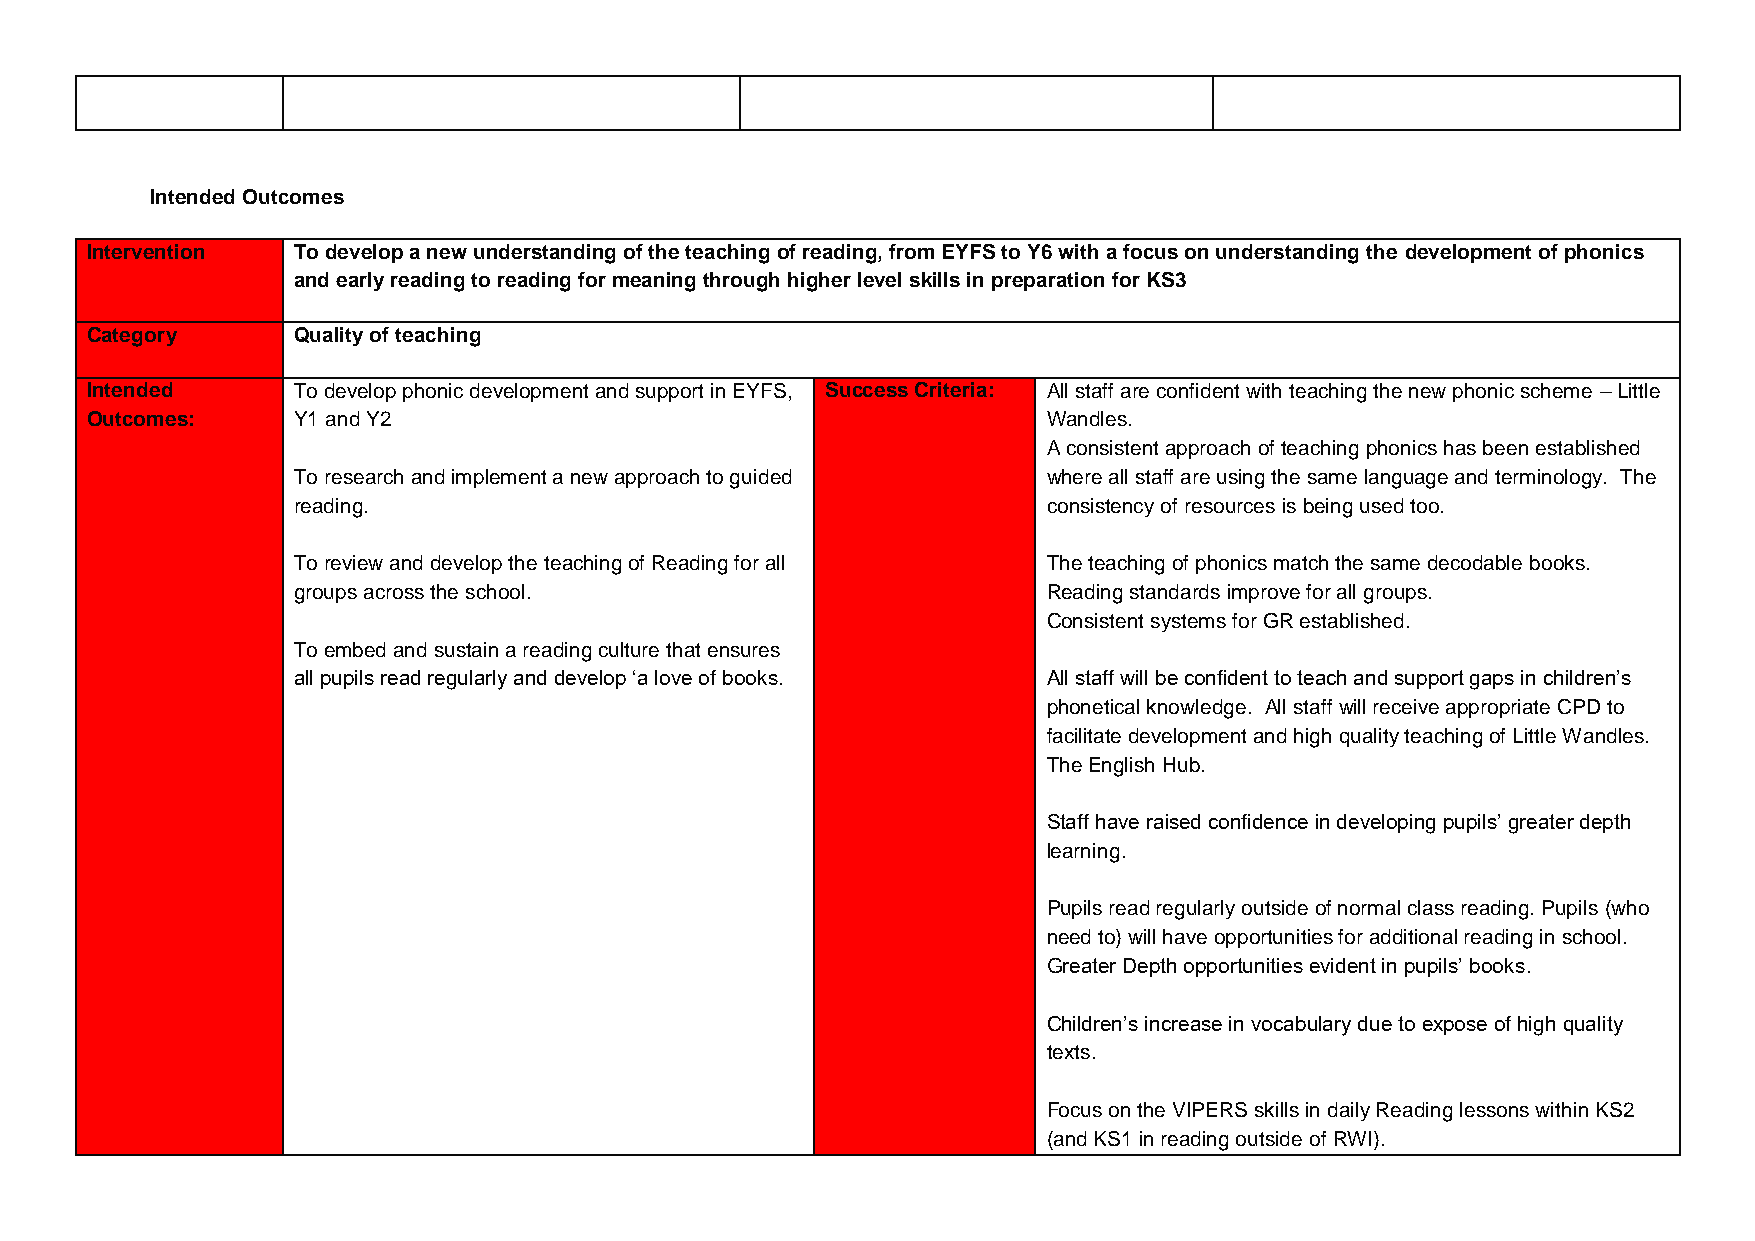
Intended Outcomes
 Intervention To develop a new understanding of the teaching of reading, from EYFS to Y6 with a focus on understanding the development of phonics
 and early reading to reading for meaning through higher level skills in preparation for KS3
 Category     Quality of teaching
 Intended     To develop phonic development and support in EYFS, Success Criteria: All staff are confident with teaching the new phonic scheme – Little
 Outcomes:    Y1 and Y2                                         Wandles.
 A consistent approach of teaching phonics has been established
 To research and implement a new approach to guided where all staff are using the same language and terminology. The
 reading.                                          consistency of resources is being used too.
 To review and develop the teaching of Reading for all The teaching of phonics match the same decodable books.
 groups across the school.                         Reading standards improve for all groups.
 Consistent systems for GR established.
 To embed and sustain a reading culture that ensures
 all pupils read regularly and develop ‘a love of books. All staff will be confident to teach and support gaps in children’s
 phonetical knowledge. All staff will receive appropriate CPD to
 facilitate development and high quality teaching of Little Wandles.
 The English Hub.
 Staff have raised confidence in developing pupils’ greater depth
 learning.
 Pupils read regularly outside of normal class reading. Pupils (who
 need to) will have opportunities for additional reading in school.
 Greater Depth opportunities evident in pupils’ books.
 Children’s increase in vocabulary due to expose of high quality
 texts.
 Focus on the VIPERS skills in daily Reading lessons within KS2
 (and KS1 in reading outside of RWI).